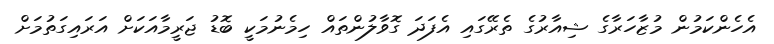
އެހެންކަމުން މުޒާހަރާގެ ޝިއާރުގެ ތެރޭގައި އެފަދަ ގޮވާލުންތައް ހިމެނުމަކީ ބޮޑު ޖަރީމާއަކަށް އަރައިގަތުމަށް